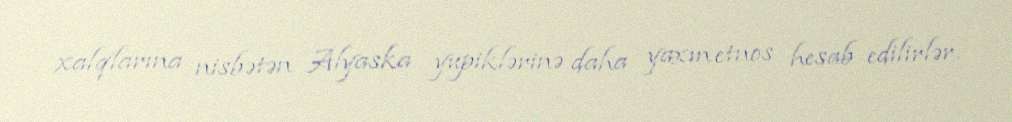
xalqlarına nisbətən Alyaska yupiklərinə daha yaxın etnos hesab edilirlər.